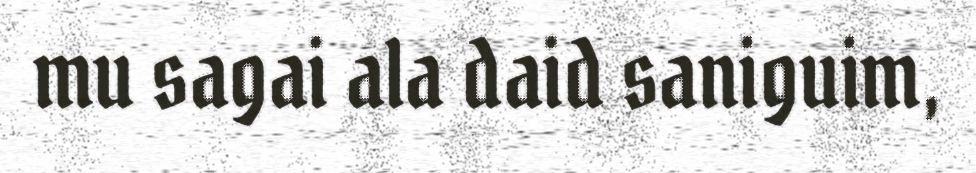
mu sagai ala daid saniguim,